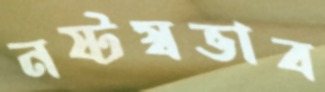
নষ্টস্বভাব